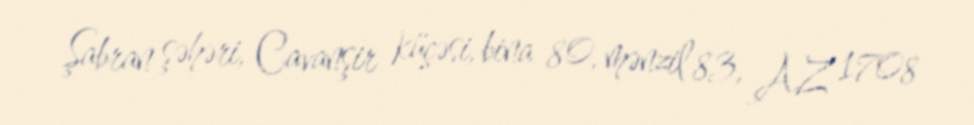
Şabran şəhəri, Cavanşir küçəsi, bina 80, mənzil 83, AZ 1708